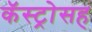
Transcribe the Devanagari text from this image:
कॅस्ट्रोसह